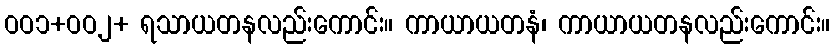
ဝဝ၁+ဝဝ၂+ ရသာယတနလည်းကောင်း။ ကာယာယတနံ၊ ကာယာယတနလည်းကောင်း။